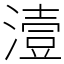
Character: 潱